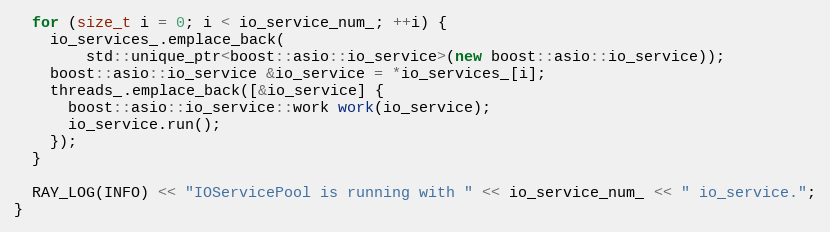
Language: C++
  for (size_t i = 0; i < io_service_num_; ++i) {
    io_services_.emplace_back(
        std::unique_ptr<boost::asio::io_service>(new boost::asio::io_service));
    boost::asio::io_service &io_service = *io_services_[i];
    threads_.emplace_back([&io_service] {
      boost::asio::io_service::work work(io_service);
      io_service.run();
    });
  }

  RAY_LOG(INFO) << "IOServicePool is running with " << io_service_num_ << " io_service.";
}